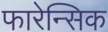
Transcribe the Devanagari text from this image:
फारेन्सिक